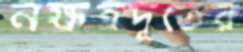
নক্ষত্রদূতের